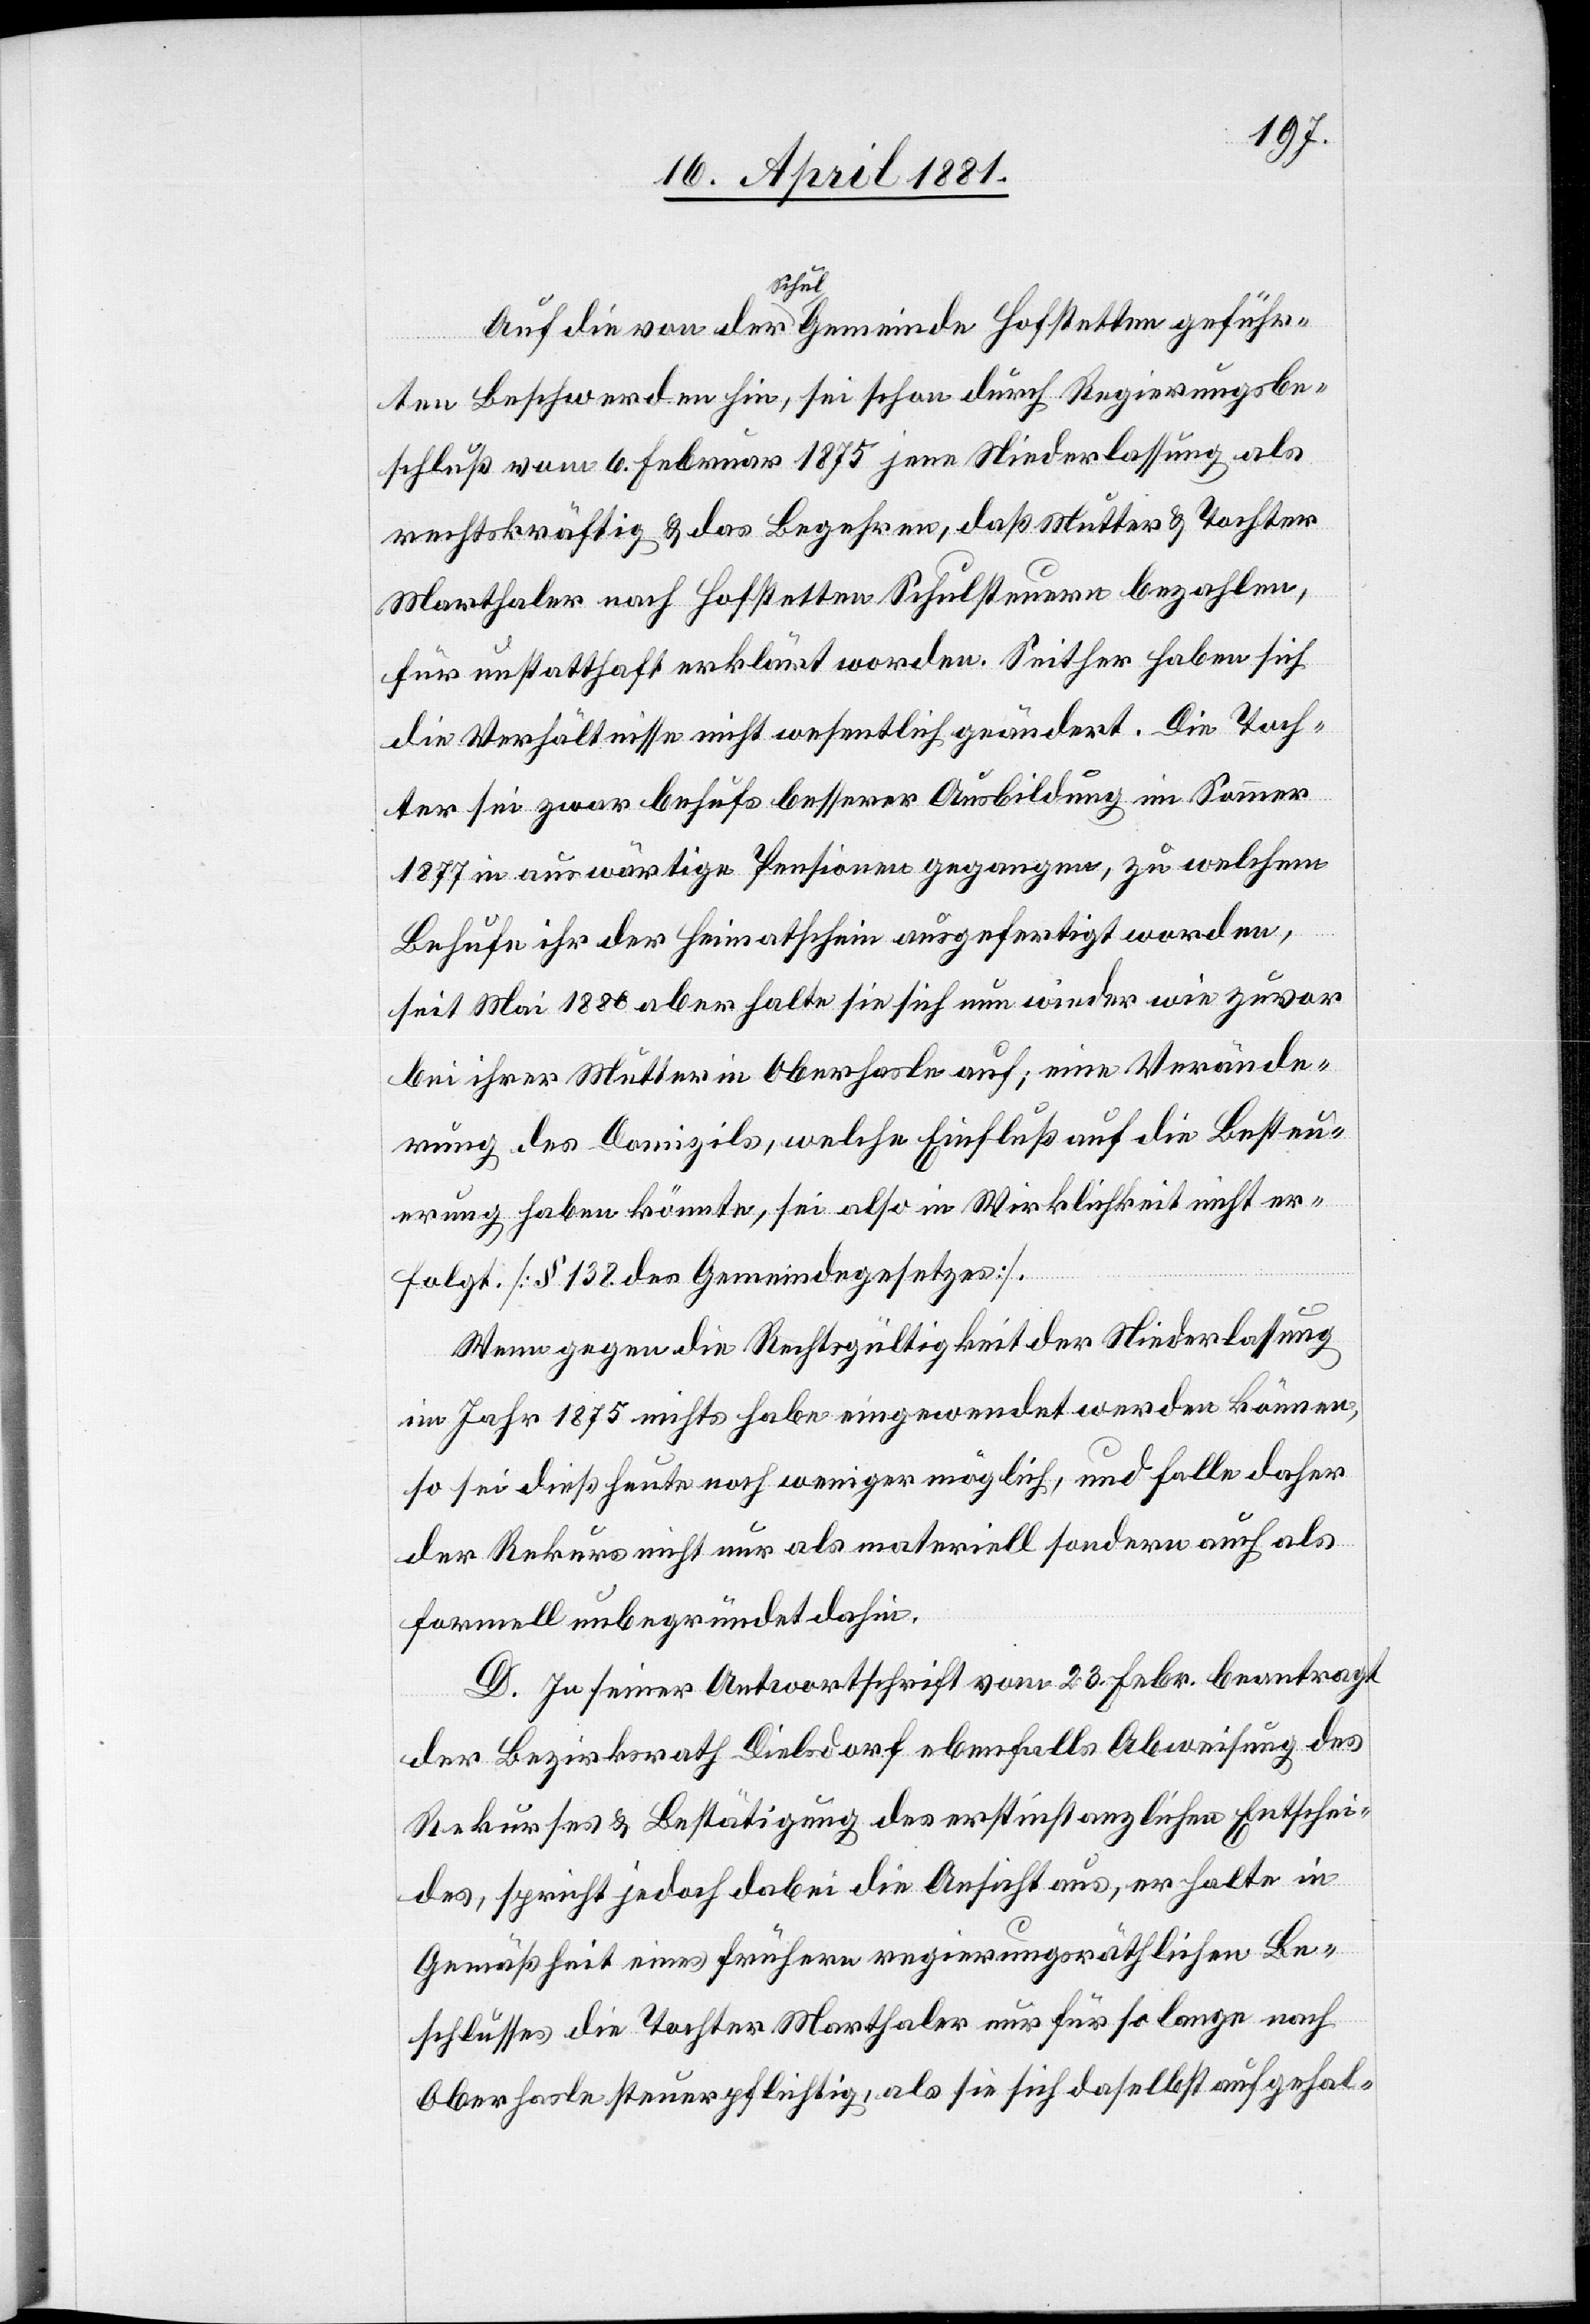
Auf die von der Schulgemeinde Hofstetten geführ¬
ten Beschwerden hin, sei schon durch Regierungsbe¬
schluß vom 6. Februar 1875 jene Niederlassung als
rechtskräftig & das Begehren, daß Mutter & Tochter
Marthaler nach Hofstetten Schulsteuern bezahlen,
für unstatthaft erklärt worden. Seither haben sich
die Verhältnisse nicht wesentlich geändert. Die Toch¬
ter sei zwar behufs besserer Ausbildung im Sommer
1877 in auswärtige Pensionen gegangen, zu welchem
Behufe ihr der Heimatschein ausgefertigt worden,
seit Mai 1880 aber halte sie sich nun wieder wie zuvor
bei ihrer Mutter in Oberhasle auf; eine Verände¬
rung des Domizils, welche Einfluß auf die Besteu¬
erung haben könnte, sei also in Wirklichkeit nicht er¬
folgt. [§ 132 des Gemeindegesetzes].
Wenn gegen die Rechtsgültigkeit der Niederlassung
im Jahr 1875 nichts habe eingewendet werden können,
so sei dieß heute noch weniger möglich, und falle daher
der Rekurs nicht nur materiell sondern auch als
formell unbegründet dahin.
D. In seiner Antwortschrift vom 13. Febr. beantragt
der Bezirksrath Dielsdorf ebenfalls Abweisung des
Rekurses & Bestätigung des erstinstanzlichen Entschei¬
des, spricht jedoch dabei die Ansicht aus, er halte in
Gemäßheit eines frühern regierungsräthlichen Be¬
schlusses die Tochter Marthaler nur für so lange nach
Oberhasle steuerpflichtig, als sie sich daselbst aufgehal-